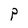
Character: P